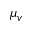
\mu _ { v }